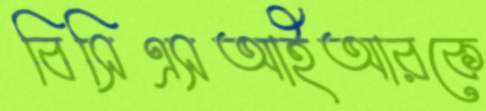
বিসিএসআইআরকে